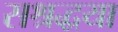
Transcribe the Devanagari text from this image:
सश्रद्धया